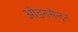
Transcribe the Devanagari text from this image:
ओडनसेन्ट्रन